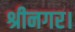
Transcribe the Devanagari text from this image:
श्रीनगर।